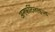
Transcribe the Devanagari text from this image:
अनफर्टिलाइज्ड